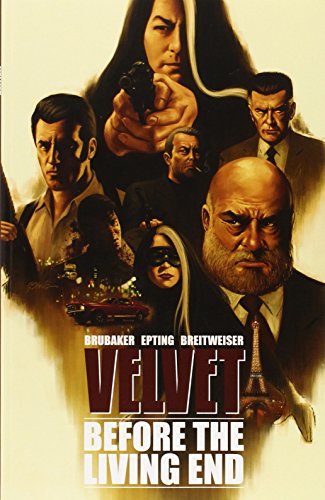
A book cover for Velvet Volume 1 TP (Velvet Tp); Ed Brubaker; Comics & Graphic Novels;